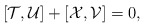
\begin{align*}[{\cal T},{\cal U}] + [{\cal X},{\cal V}] = 0,\end{align*}